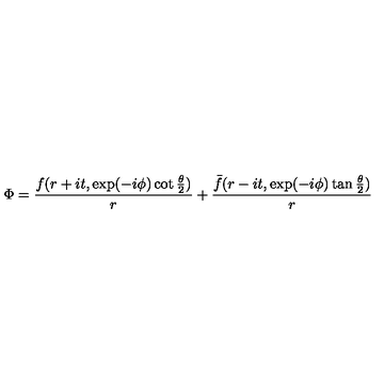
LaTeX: \Phi = { \frac { f ( r + i t , \exp ( - i \phi ) \cot { \frac { \theta } { 2 } } ) } { r } } + { \frac { \bar { f } ( r - i t , \exp ( - i \phi ) \tan { \frac { \theta } { 2 } } ) } { r } }